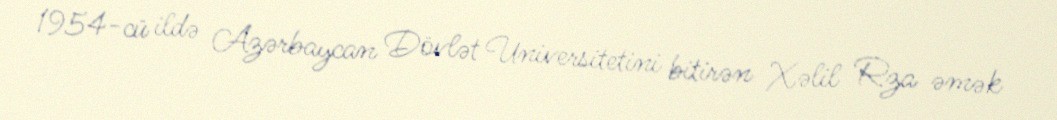
1954-cü ildə Azərbaycan Dövlət Universitetini bitirən Xəlil Rza əmək